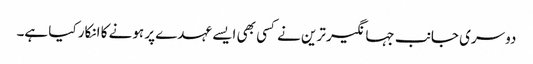
دوسری جانب جہانگیر ترین نے کسی بھی ایسے عہدے پر ہونے کا انکار کیا ہے۔